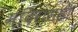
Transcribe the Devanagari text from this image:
मंदिरासही